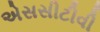
એસસીટીવી